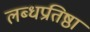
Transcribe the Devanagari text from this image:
लब्धप्रतिष्ठा